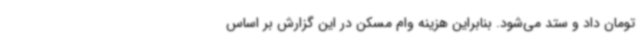
تومان داد و ستد می‌شود. بنابراین هزینه وام مسکن در این گزارش بر اساس